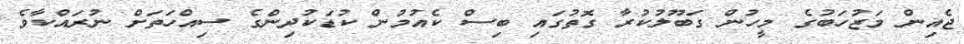
ޖެއިން މަޒުހަބުގެ މީހުން ގަބޫލުކުރާ ގޮތުގައި ބިސް ކެއުމުން ކުޑަކުދިންގެ ސިއްހަތަށް ނުރައްކާވެ